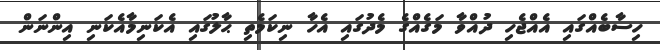
ހިސާބެއްގައި އެއްޖެހި ދުއްވާ މަގެއްގެ މެދުގައި އެހާ ނިކަމެތި ޙާލުގައި އެކަނިމާއެކަނި އިންނަން